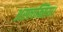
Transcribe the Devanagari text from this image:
अस्फ्यक्सिया।